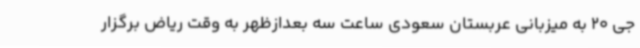
جی 20 به میزبانی عربستان سعودی ساعت سه بعدازظهر به وقت ریاض برگزار